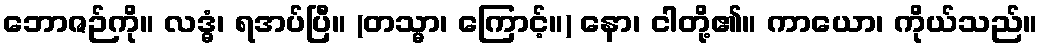
ဘောဇဉ်ကို။ လဒ္ဓံ၊ ရအပ်ပြီ။ (တသ္မာ၊ ကြောင့်။) နော၊ ငါတို့၏။ ကာယော၊ ကိုယ်သည်။